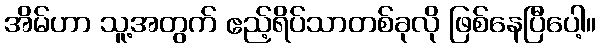
အိမ်ဟာ သူ့အတွက် ဧည့်ရိပ်သာတစ်ခုလို ဖြစ်နေပြီပေါ့။